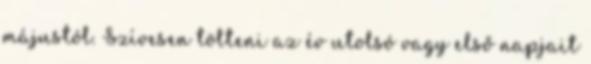
májustól. Szívesen tölteni az év utolsó vagy első napjait